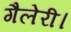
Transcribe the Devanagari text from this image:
गैलेरी।